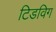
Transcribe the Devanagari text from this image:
टिडविग